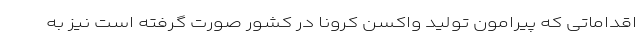
اقداماتی که پیرامون تولید واکسن کرونا در کشور صورت گرفته است نیز به